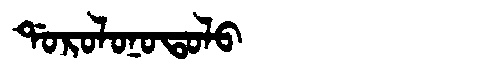
Manchu: ᡩᠣᡵᠣᠯᠣᠨᠣᡨᠣᠯᠣ
Romanization: DOROLONOTOLO